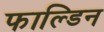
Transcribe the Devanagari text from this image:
फाल्डिन